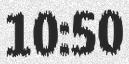
10:50